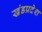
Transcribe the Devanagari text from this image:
खंडप्रदेश